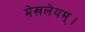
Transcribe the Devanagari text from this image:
मेखलेयम्।